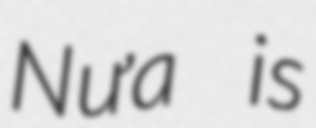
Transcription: Nưa is